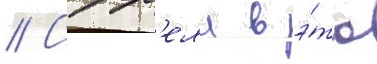
// Сорр'елл в э́то